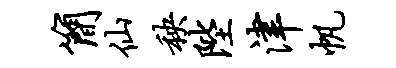
简仙秧陛津帆